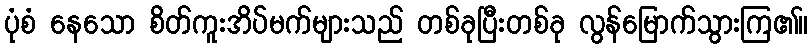
ပုံစံ နေသော စိတ်ကူးအိပ်မက်များသည် တစ်ခုပြီးတစ်ခု လွန်မြောက်သွားကြ၏။